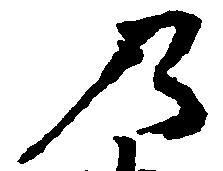
乃